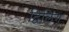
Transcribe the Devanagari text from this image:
द्विलिंग